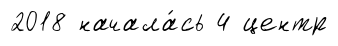
2018 начала́сь 4 центр